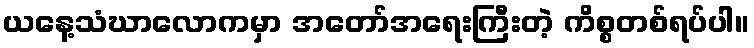
ယနေ့သံဃာလောကမှာ အတော်အရေးကြီးတဲ့ ကိစ္စတစ်ရပ်ပါ။